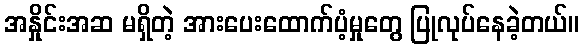
အနှိုင်းအဆ မရှိတဲ့ အားပေးထောက်ပံ့မှုတွေ ပြုလုပ်နေခဲ့တယ်။